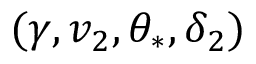
( \gamma , v _ { 2 } , \theta _ { * } , \delta _ { 2 } )